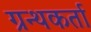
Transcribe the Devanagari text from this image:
ग्रन्थकर्ता